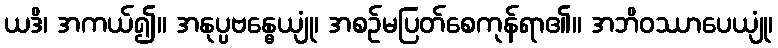
ယဒိ၊ အကယ်၍။ အနုပ္ပဗန္ဓေယျုံ၊ အစဉ်မပြတ်စေကုန်ရာ၏။ အဘိဝဿာပေယျုံ၊